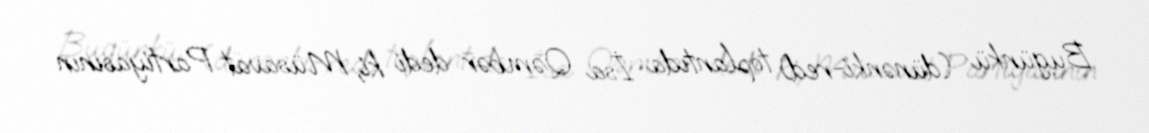
Bugünkü (dünənki-red) toplantıda İsa Qəmbər dedi ki, Müsavat Partiyasının